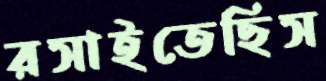
রসাইতেছিস